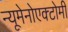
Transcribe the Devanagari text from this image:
न्यूमेनोएक्टोमी